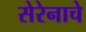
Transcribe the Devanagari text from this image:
सेरेनाचे